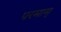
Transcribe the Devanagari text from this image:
परमाम्